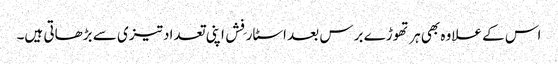
اس کے علاوہ بھی ہر تھوڑے برس بعد اسٹار فِش اپنی تعداد تیزی سے بڑھاتی ہیں۔